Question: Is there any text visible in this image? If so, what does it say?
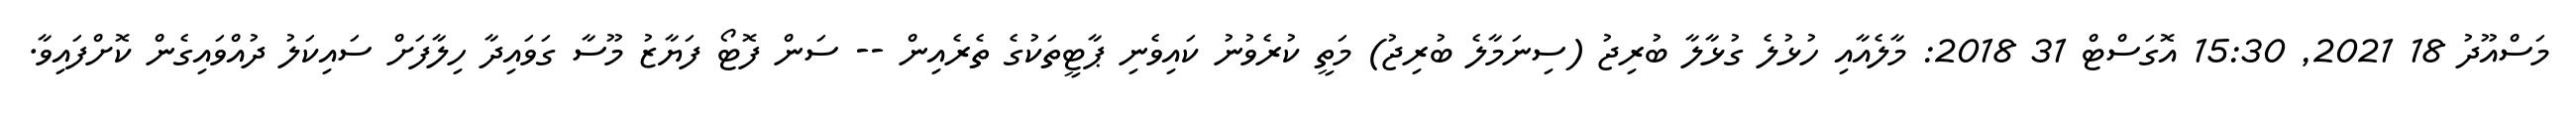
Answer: މަސްއޫދު 18 2021, 15:30 އޮގަސްޓް 31 2018: މާލެއާއި ހުޅުލެ ގުޅާލާ ބުރިޖު (ސިނަމާލެ ބުރިޖު) މަތީ ކުރެވުނު ކައިވެނި ޕާޓީތަކުގެ ތެރެއިން -- ސަން ފޮޓޯ ފަޔާޒު މޫސާ ގަވައިދާ ހިލާފަށް ސައިކަލު ދުއްވައިގެން ކޮށްފައިވާ.